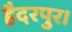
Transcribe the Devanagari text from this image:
हैदरपुर।